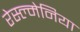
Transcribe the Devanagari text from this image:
रेस्ल्मेनिया